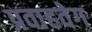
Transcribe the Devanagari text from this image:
प्रवाहवेग